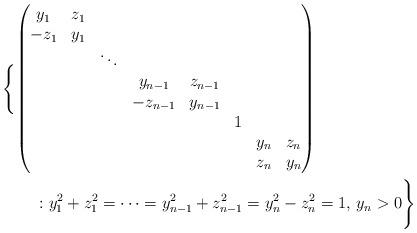
LaTeX: \begin{align*}&\Biggl\{\begin{pmatrix}y_{1}&z_{1}&&&&&&\\-z_{1}&y_{1}&&&&&&\\&&\ddots&&&&&\\&&&y_{n-1}&z_{n-1}&&&\\&&&-z_{n-1}&y_{n-1}&&&\\&&&&&1&&\\&&&&&&y_{n}&z_{n}\\&&&&&&z_{n}&y_{n}\\\end{pmatrix}\\ &\qquad:y_{1}^{2}+z_{1}^{2}=\cdots=y_{n-1}^{2}+z_{n-1}^{2} =y_{n}^{2}-z_{n}^{2}=1,\, y_{n}>0\Biggr\}\end{align*}